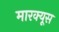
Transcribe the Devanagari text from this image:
मारक्यूस